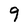
Character: 9